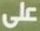
على